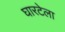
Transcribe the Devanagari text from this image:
घारटेला